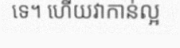
ទេ។ ហើយវាកាន់ល្អ